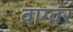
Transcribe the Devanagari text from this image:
वाग्वर